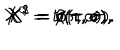
LaTeX: X ^ { 0 } = t ( \tau , \sigma ) , \hspace { 0 . 5 c m } X ^ { 1 } = r ( \tau , \sigma ) , \hspace { 0 . 5 c m } X ^ { 2 } = \theta ( \tau , \sigma ) , \hspace { 0 . 5 c m } X ^ { 3 } = \phi ( \tau , \sigma ) .